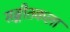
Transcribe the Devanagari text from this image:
सङ्गीतकला